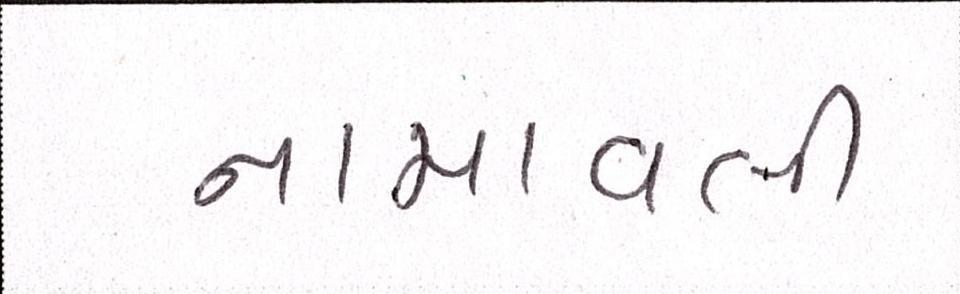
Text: નામાવલી